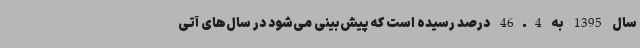
سال 1395 به 46.4 درصد رسیده است که پیش‌بینی می‌شود در سال‌های آتی